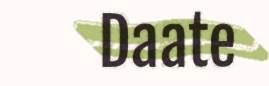
Daate